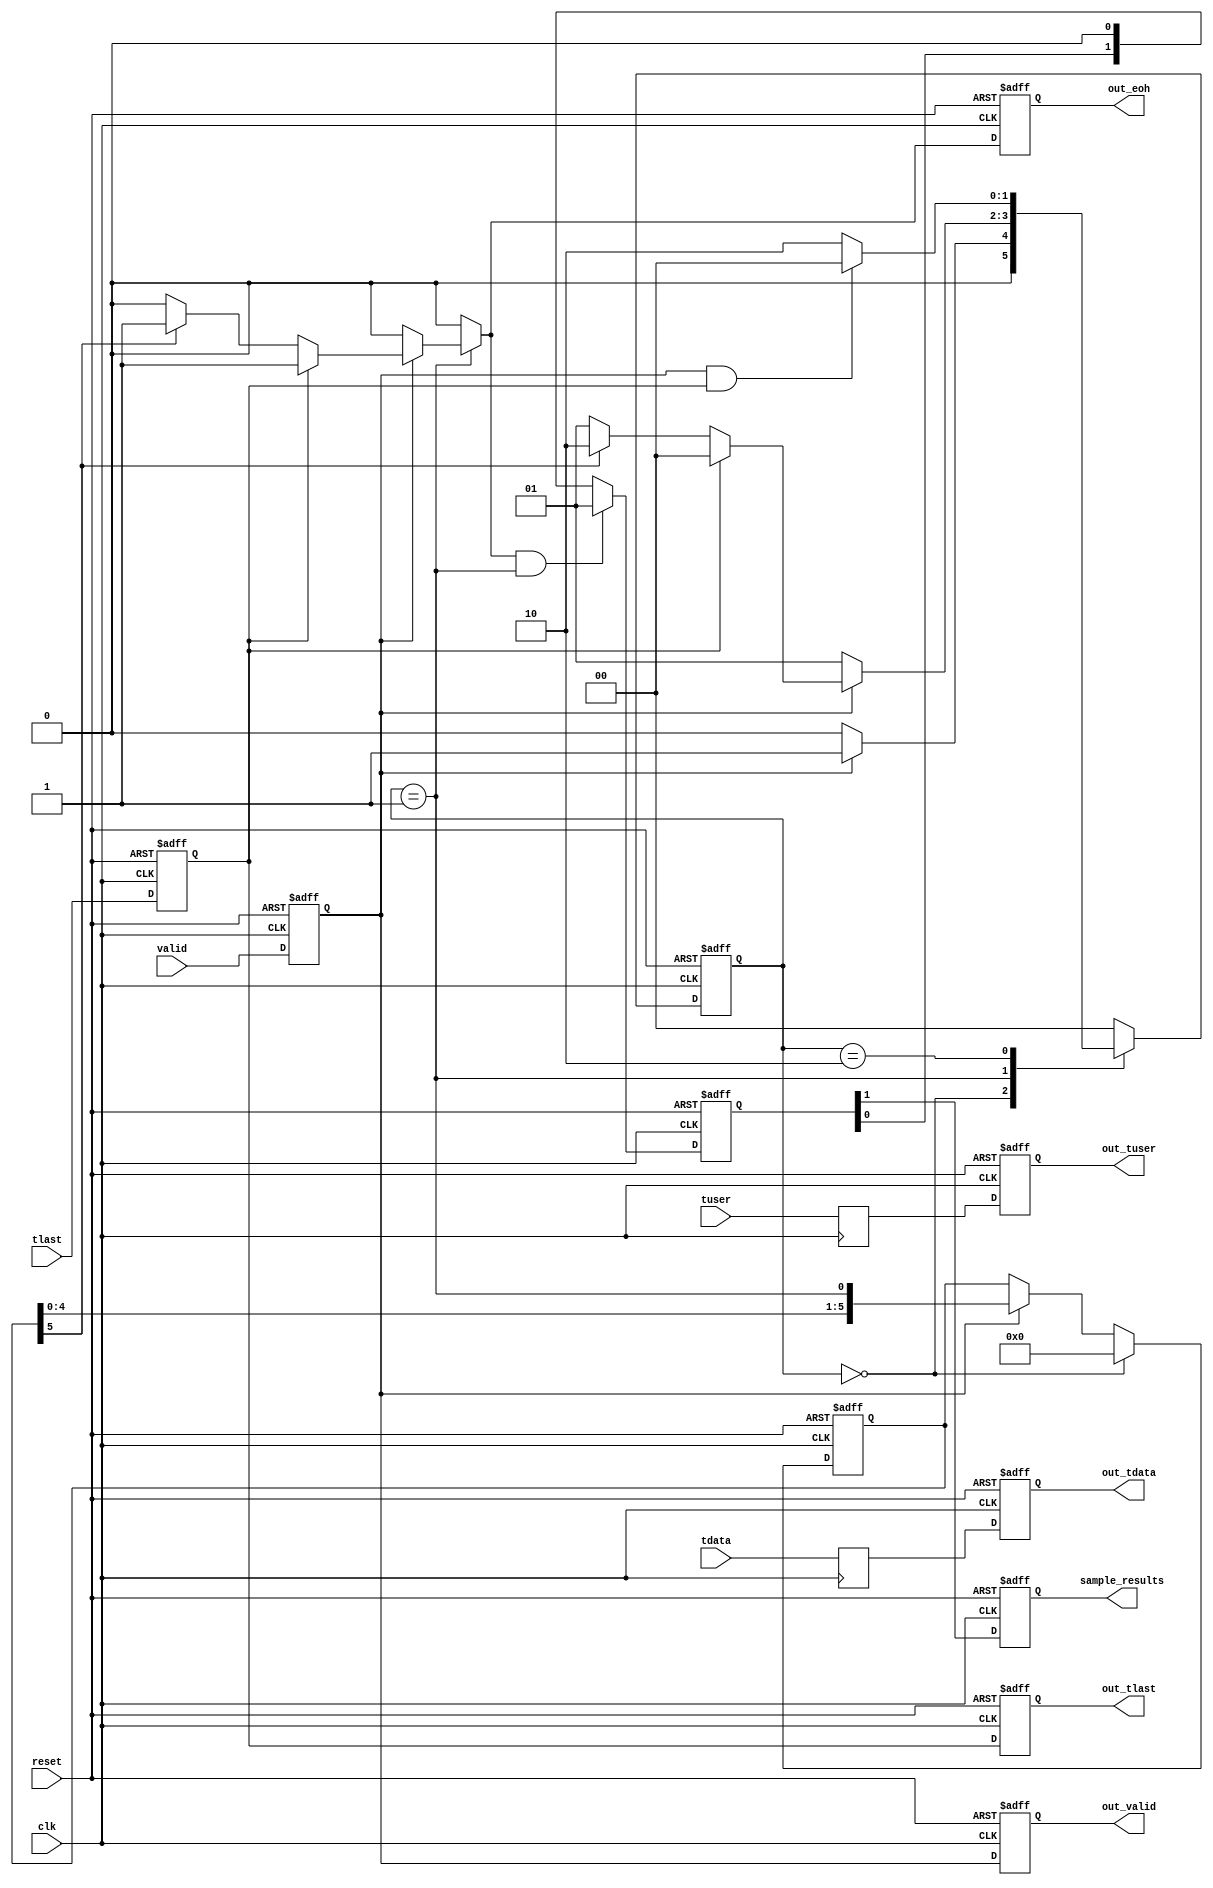
module packet_monitor
	#(
  		parameter C_S_AXIS_DATA_WIDTH  = 256,
		parameter C_S_AXIS_TUSER_WIDTH = 128,
  		parameter MAX_HDR_WORDS        = 6
	)
	(
	// --- Interface to the previous stage
    		input	[C_S_AXIS_DATA_WIDTH-1:0]	tdata,
		input	[C_S_AXIS_TUSER_WIDTH-1:0]	tuser,
   		input					valid,
    		input					tlast,

    	// --- Results
    		output reg [C_S_AXIS_DATA_WIDTH-1:0]	out_tdata,
		output reg [C_S_AXIS_TUSER_WIDTH-1:0]	out_tuser,
    		output reg				out_valid,
    		output reg				out_eoh, // asserted when MAX_HDR_WRDS (data) is receved
    		output reg				out_tlast,
    		output reg				sample_results,

    	// --- Misc
    		input					reset,
    		input                                 	clk 
	);
	 
	//------------------ Internal Parameter ---------------------------
	 
	localparam IDLE		= 2'd0,
		   PKT_WAIT_HDR = 2'd1,
	 	   PKT_WAIT_EOP = 2'd2;
	 
	//---------------------- Wires/Regs -------------------------------
	 
	reg [C_S_AXIS_DATA_WIDTH-1:0]	in_data_d0;
	reg [C_S_AXIS_TUSER_WIDTH-1:0]	in_tuser_d0;
	reg				in_wr_d0;
	reg				in_eop_d0;
	                      		
	reg [1:0]			sample_results_dly;
	                      		
	reg				out_eoh_w;
	 
	reg [MAX_HDR_WORDS-1:0] 	pkt_vlaid_delay;
	 
	reg [1:0] 			cur_state;
	reg [1:0]			nxt_state;
	 
	//------------------------ Logic ----------------------------------
	 
	always @(posedge clk or posedge reset) begin
		if(reset) begin
	 		in_wr_d0 <= 1'b0;
	 		in_eop_d0 <= 1'b0;
	 	end
	 	else begin
	 		in_wr_d0 <= valid;
	 		in_eop_d0 <= tlast;
	 	end
	 end	 
	 
	always @(posedge clk) begin
	 	in_data_d0  <= tdata;
		in_tuser_d0 <= tuser;
	end	 
	
	 
	always @(*) begin
		nxt_state = IDLE;
		out_eoh_w = 1'b0;

		case (cur_state)

		IDLE: begin
	 		if (in_wr_d0)
	 			nxt_state = PKT_WAIT_HDR;
		end
	 		
	 	PKT_WAIT_HDR: begin
		 	nxt_state = PKT_WAIT_HDR;
	 		if (in_wr_d0) begin
		 		if (in_eop_d0) begin /*small pkt*/
		 			out_eoh_w = 1'b1;
		 			nxt_state = IDLE;
		 		end
		 		else if (pkt_vlaid_delay[MAX_HDR_WORDS-1]) begin // if valid when in_eop is 1 then will be discarded in the protocol parser blocks
						out_eoh_w = 1'b1;
		 				nxt_state = PKT_WAIT_EOP;
		 		end
		 	end
	 	end
	 		
	 	PKT_WAIT_EOP: begin
	 		nxt_state = PKT_WAIT_EOP;
			if (in_wr_d0 && in_eop_d0) begin
	 			nxt_state = IDLE;
	 		end
	 	end
	 		
	 	endcase
	end
	 
	 
	always @(posedge clk or posedge reset) begin
		if (reset)
	 		sample_results_dly <= 2'b0;
		else if (out_eoh_w && (cur_state == PKT_WAIT_HDR))
	 		sample_results_dly <= {1'b0, 1'b1};
		else
	 		sample_results_dly <= {sample_results_dly[0], 1'b0};
	end
	 
	 
	always @(posedge clk or posedge reset) begin
		if (reset)
			pkt_vlaid_delay <= 0;
		else if (cur_state == IDLE)
			pkt_vlaid_delay <= 0;
		else if (in_wr_d0)
			pkt_vlaid_delay <= {pkt_vlaid_delay[MAX_HDR_WORDS-2:0], (cur_state == PKT_WAIT_HDR)};
	end
	 
	 
	always @(posedge clk or posedge reset) begin
		if (reset) begin
	 		cur_state <= IDLE;

	 		out_tdata <= {C_S_AXIS_DATA_WIDTH{1'b0}};
	 		out_tuser <= {C_S_AXIS_TUSER_WIDTH{1'b0}};
	 		out_valid <= 1'b0;
	 		out_eoh <= 1'b0;
	 		out_tlast <= 1'b0;

	 		sample_results <= 1'b0;
		end
	 	else begin	 		
	 		cur_state <= nxt_state;

	 		out_tdata <= in_data_d0;
			out_tuser <= in_tuser_d0;
	 		out_valid <= in_wr_d0;
	 		out_eoh   <= out_eoh_w;
	 		out_tlast <= in_eop_d0;

	 		sample_results <= sample_results_dly[1];
		end
	end
 
	endmodule